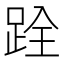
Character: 跧